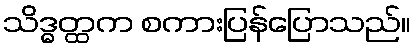
သိဒ္ဓတ္ထက စကားပြန်ပြောသည်။